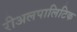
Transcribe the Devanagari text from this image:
रीअलपालिटिक